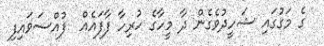
ގެ މަގުގައި ޝަހީދުވެގެން ދާ މީހާގެ ހުރިހާ ފާފައެއް  ފުއްސަވައިފި